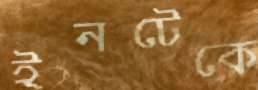
ইনটেকে